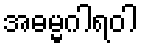
အဓမ္မဂါရဝါ